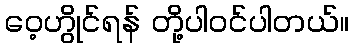
ဝေ့ဟွိုင်ရန် တို့ပါဝင်ပါတယ်။